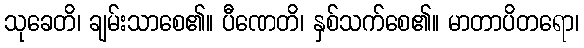
သုခေတိ၊ ချမ်းသာစေ၏။ ပီဏေတိ၊ နှစ်သက်စေ၏။ မာတာပိတရော၊